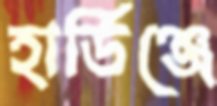
হার্ডিঞ্জে